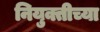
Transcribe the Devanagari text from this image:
नियुक्तीच्या